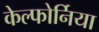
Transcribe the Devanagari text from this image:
केल्फोर्निया